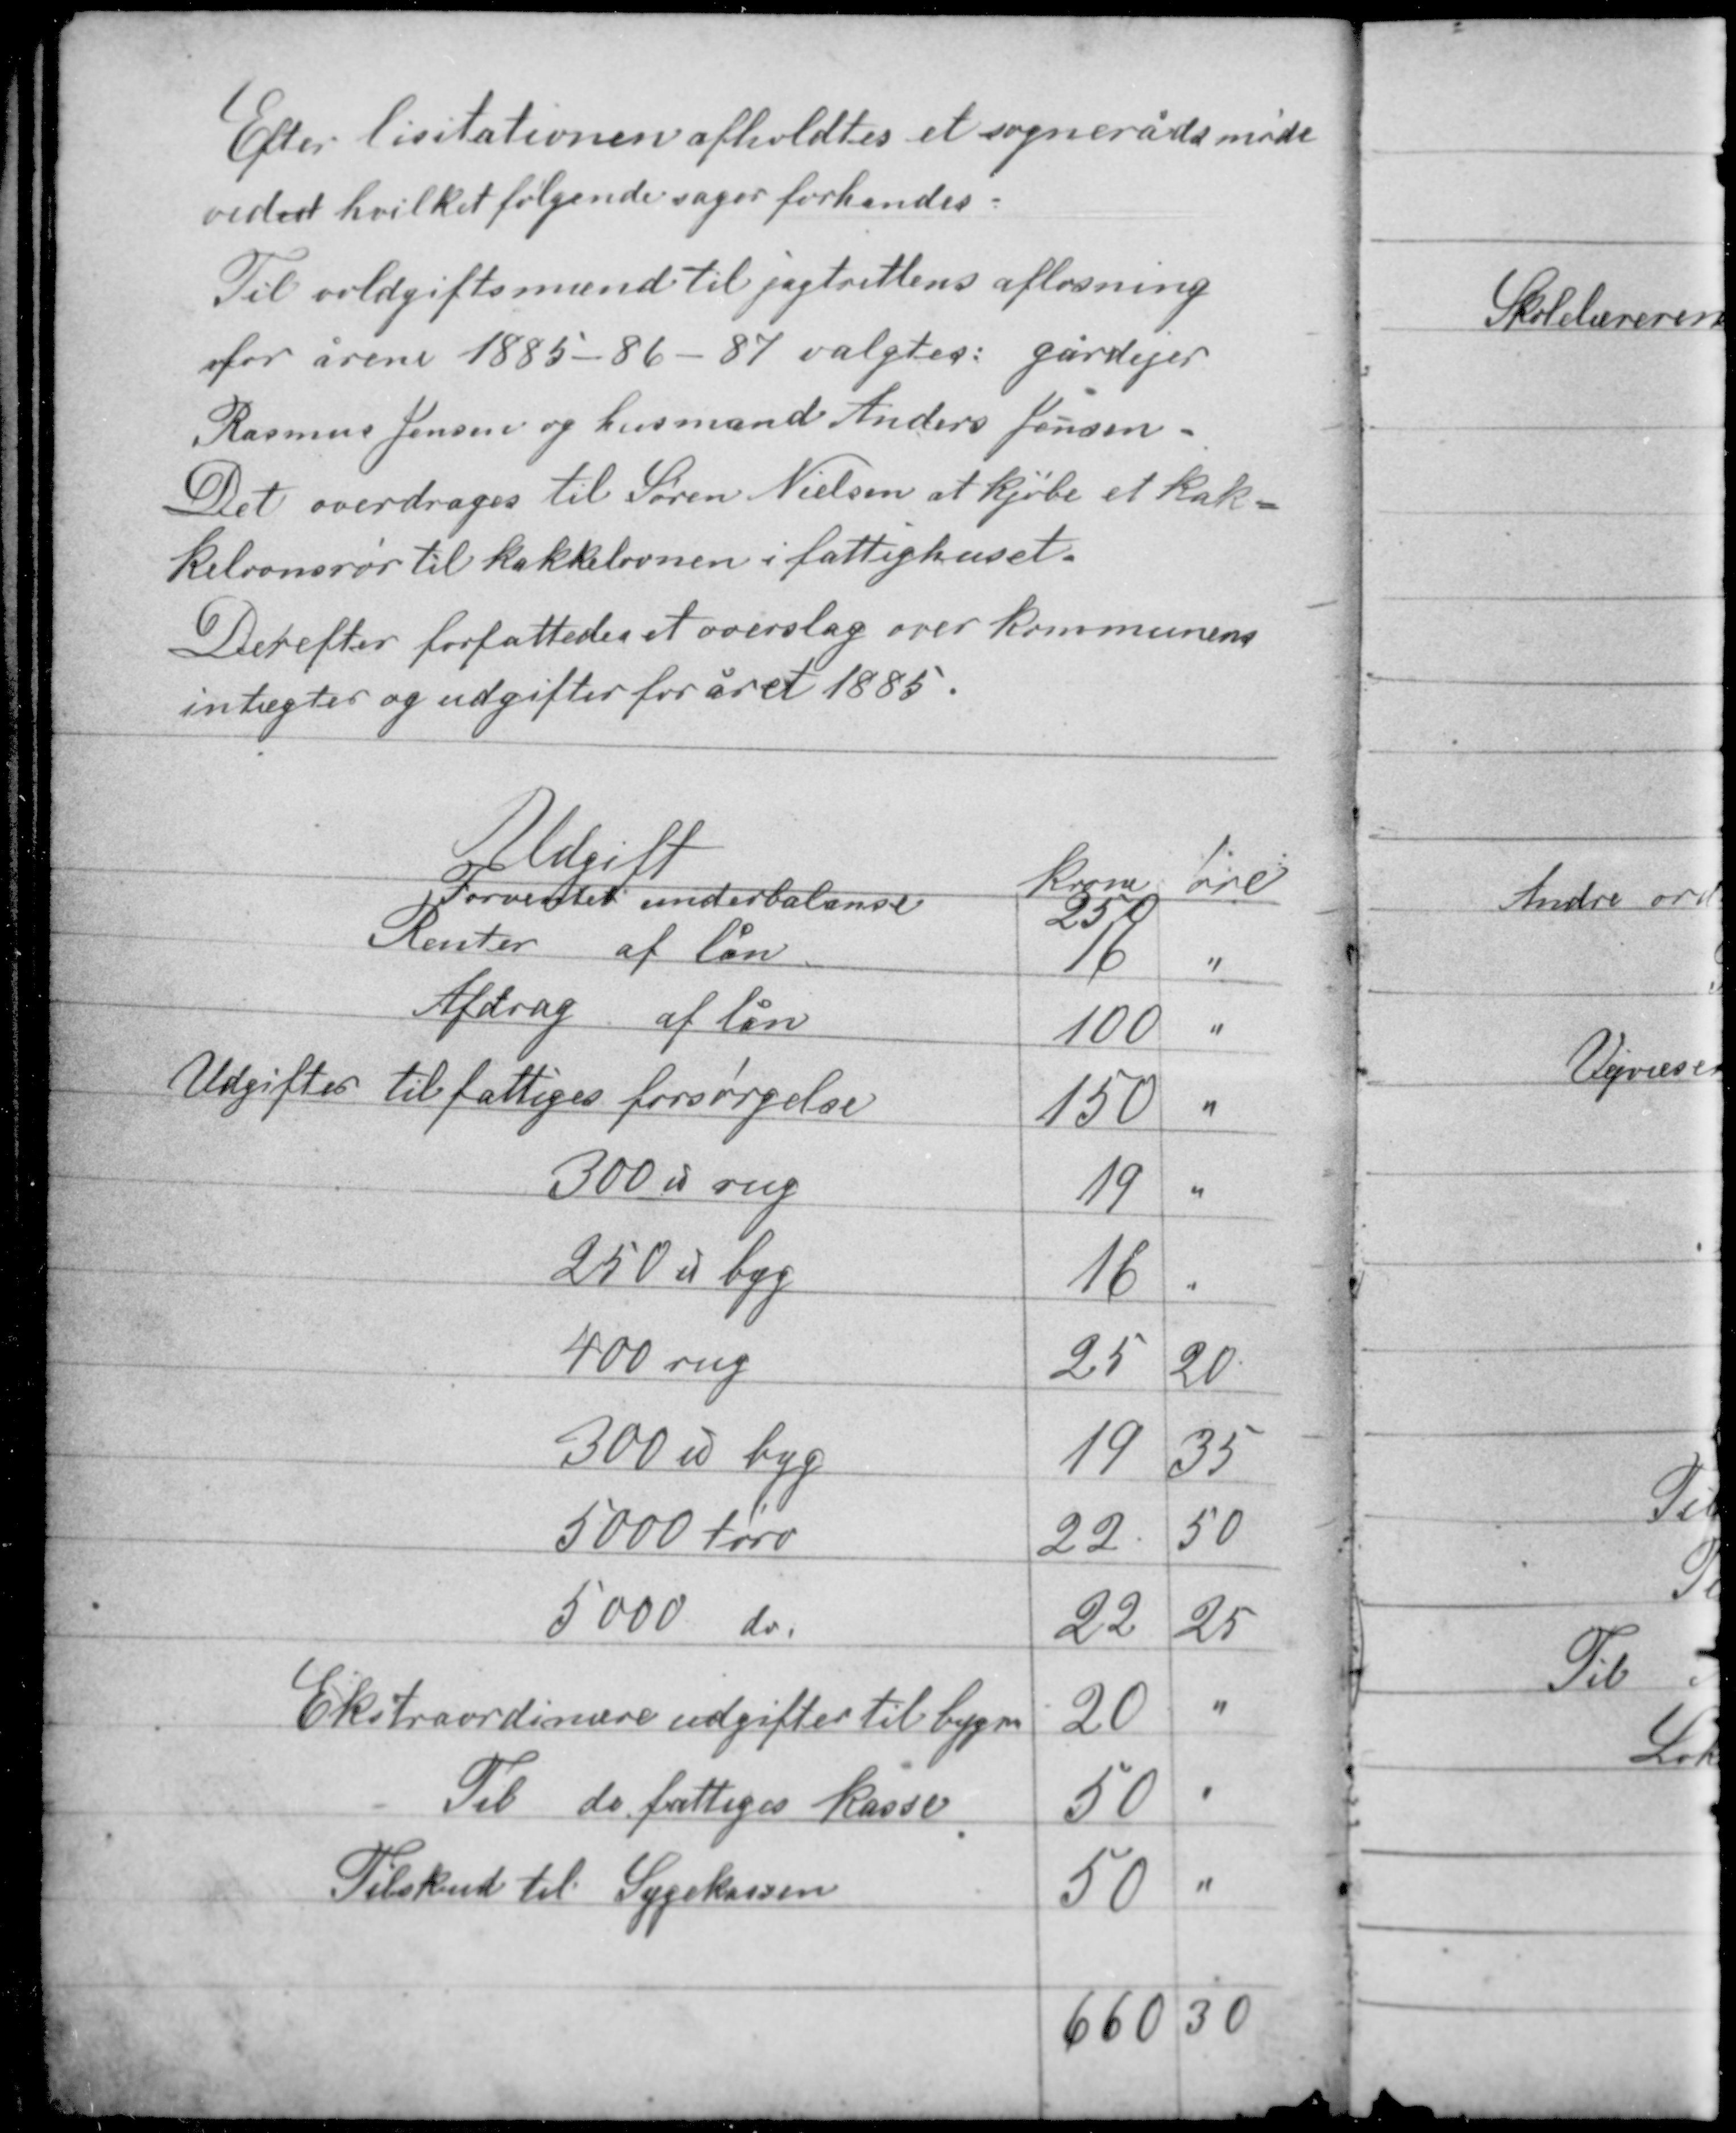
Transskription:
Efter lisitationen afholdtes et sognerådsmøde
under hvilket følgende sager forhandes.

Til voldgiftsmænd til jagtrettens afløsning
for årene 1885 - 86 - 87 valgtes: gårdejer
Rasmus Jensen og husmand Anders Jensen.
Det overdrages til Søren Nielsen at kjøbe et kak-
kelovnsrør til kakkelovnen i fattighuset.

Derefter forfattedes et overslag over kommunens
indtægter og udgifter for året 1885.